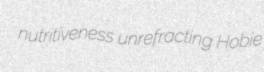
nutritiveness unrefracting Hobie